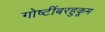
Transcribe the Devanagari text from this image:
गोष्टींबरहुकूम